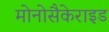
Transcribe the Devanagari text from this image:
मोनोसैकेराइड